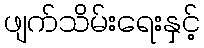
ဖျက်သိမ်းရေးနှင့်